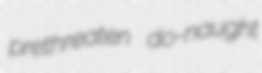
prethreaten do-naught